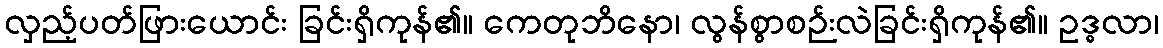
လှည့်ပတ်ဖြားယောင်း ခြင်းရှိကုန်၏။ ကေတုဘိနော၊ လွန်စွာစဉ်းလဲခြင်းရှိကုန်၏။ ဥဒ္ဓလာ၊